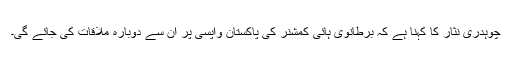
چوہدری نثار کا کہنا ہے کہ برطانوی ہائی کمشنر کی پاکستان واپسی پر اُن سے دوبارہ ملاقات کی جائے گی۔